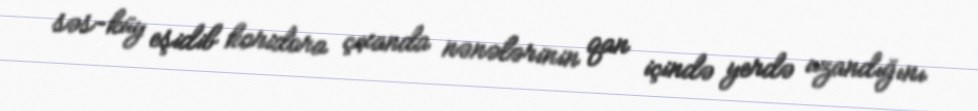
səs-küy eşidib koridora çıxanda nənələrinin qan içində yerdə uzandığını